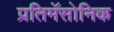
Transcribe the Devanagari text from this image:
प्रतिमॅसोनिक